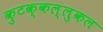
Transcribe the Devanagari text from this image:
कुटक्कल्लुकल